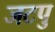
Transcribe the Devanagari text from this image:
जटपु